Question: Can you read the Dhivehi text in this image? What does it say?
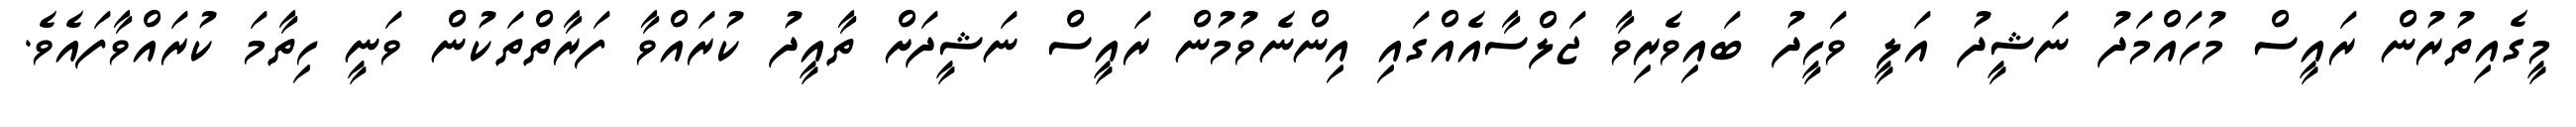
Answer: މީގެއިތުރުން ރައީސް މުހައްމަދު ނަޝީދު އަލީ ވަހީދު ބައިވެރިވާ ޖަލްސާއެއްގައި އިންނެވުމުން ރައީސް ނަޝީދަށް ތާއީދު ކުރައްވާ ފަރާތްތަކުން ވަނީ ހިތާމަ ކުރައްވާފައެވެ.